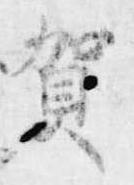
賀